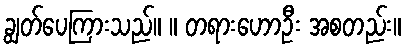
ချွတ်ပေကြားသည်။ ။ တရားဟောဦး အစတည်း။